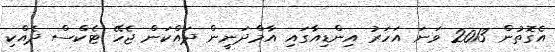
އެގޮތުން 2013 ވަނަ އަހަރު އިންޑިއާގައި އާމްދަނީން ދައްކަން ޖެހޭ ޓެކްސް ދެއްކި